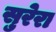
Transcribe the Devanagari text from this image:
सुरेरा